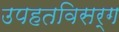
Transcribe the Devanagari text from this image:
उपहतविसर्ग